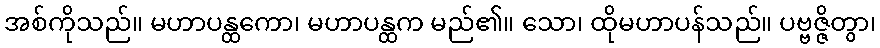
အစ်ကိုသည်။ မဟာပန္ထကော၊ မဟာပန္ထက မည်၏။ သော၊ ထိုမဟာပန်သည်။ ပဗ္ဗဇ္ဇိတွာ၊